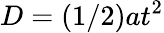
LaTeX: D=(1/2)at^{2}